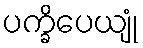
ပက္ခိပေယျုံ